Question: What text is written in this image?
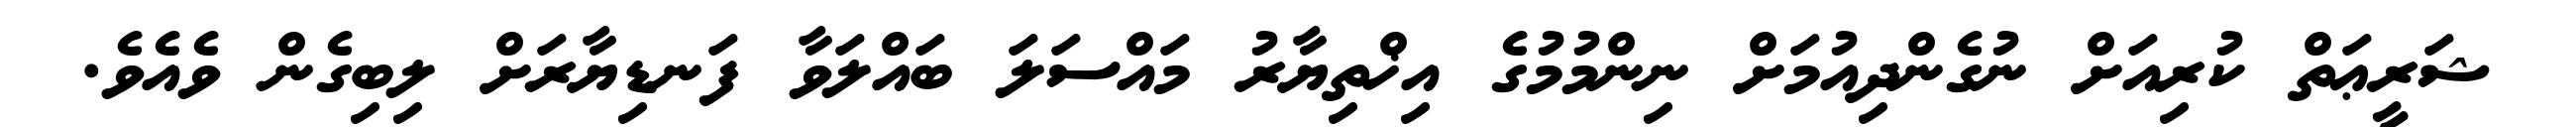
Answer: ޝަރީޢަތް ކުރިއަށް ނުގެންދިއުމަށް ނިންމުމުގެ އިޚްތިޔާރު މައްސަލަ ބައްލަވާ ފަނޑިޔާރަށް ލިބިގެން ވެއެވެ.